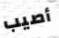
أصيب